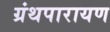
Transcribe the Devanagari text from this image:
ग्रंथपारायण